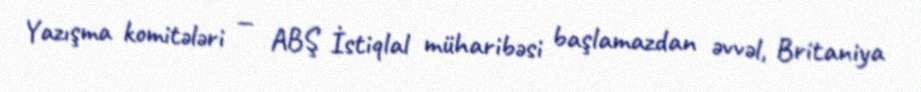
Yazışma komitələri — ABŞ İstiqlal müharibəsi başlamazdan əvvəl, Britaniya